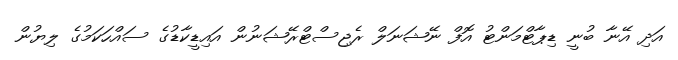
އަދި އޭނާ ބުނީ ޑިޕާޓްމަންޓު އޮފް ނޭޝަނަލް ރެޖިސްޓްރޭޝަނުން އައިޑީކާޑުގެ ސައްހަކަމުގެ ލިޔުން